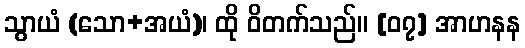
သွာယံ (သော+အယံ)၊ ထို ဝိတက်သည်။ [၀၇] အာဟနန